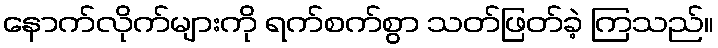
နောက်လိုက်များကို ရက်စက်စွာ သတ်ဖြတ်ခဲ့ ကြသည်။